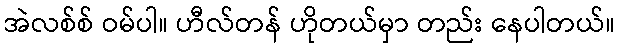
အဲလစ်စ် ဝမ်ပါ။ ဟီလ်တန် ဟိုတယ်မှာ တည်း နေပါတယ်။